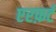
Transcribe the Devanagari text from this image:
एरफ़र्ट